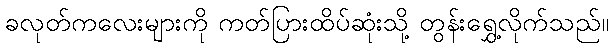
ခလုတ်ကလေးများကို ကတ်ပြားထိပ်ဆုံးသို့ တွန်းရွှေ့လိုက်သည်။